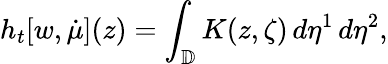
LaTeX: h_{t}[w,\dot{\mu}](z)=\int_{\mathbb{D}}K(z,\zeta)\, d\eta^{1}\, d\eta^{2},